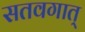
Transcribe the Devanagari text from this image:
सतवगात्